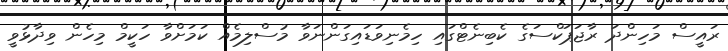
ރައީސް މަހިންދަ ރާޖަޕަކްސަގެ ކެބިނެޓްގައި ހިމެނިވަޑައިގަންނަވާ މުސްލިމެއް ކަމަށްވާ ހަކީމް މިހެން ވިދާޅުވީ